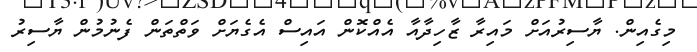
މިގެއިން. ޔާސިރުއަށް މައިރާ ޒާހިދާއާ އެއްކޮން އައިސް އެގެޔަށް ވަތްތަން ފެނުމުން ޔާސިރު